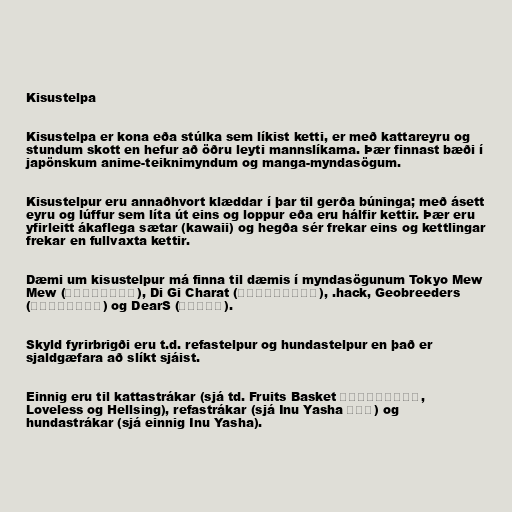
Kisustelpa

Kisustelpa er kona eða stúlka sem líkist ketti, er með kattareyru og
stundum skott en hefur að öðru leyti mannslíkama. Þær finnast bæði í
japönskum anime-teiknimyndum og manga-myndasögum.

Kisustelpur eru annaðhvort klæddar í þar til gerða búninga; með ásett
eyru og lúffur sem líta út eins og loppur eða eru hálfir kettir. Þær eru
yfirleitt ákaflega sætar (kawaii) og hegða sér frekar eins og kettlingar
frekar en fullvaxta kettir.

Dæmi um kisustelpur má finna til dæmis í myndasögunum Tokyo Mew
Mew (東京ミュウミュウ), Di Gi Charat (デ・ジ･キャラット), .hack, Geobreeders
(ジオブリーダーズ) og DearS (ディアーズ).

Skyld fyrirbrigði eru t.d. refastelpur og hundastelpur en það er
sjaldgæfara að slíkt sjáist.

Einnig eru til kattastrákar (sjá td. Fruits Basket フルーツバスケット,
Loveless og Hellsing), refastrákar (sjá Inu Yasha 犬夜叉) og
hundastrákar (sjá einnig Inu Yasha).